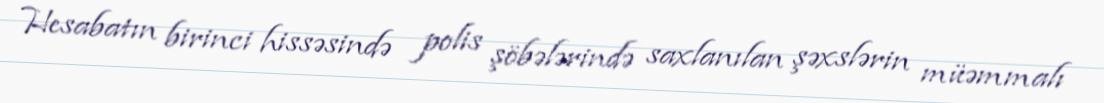
Hesabatın birinci hissəsində polis şöbələrində saxlanılan şəxslərin müəmmalı